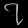
Digit: ၇